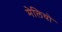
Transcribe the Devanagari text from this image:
मेलियो